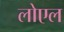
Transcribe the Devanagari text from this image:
लोएल